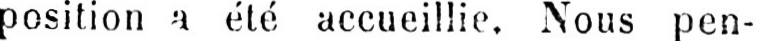
position a été accueillie. Nous pen-